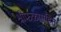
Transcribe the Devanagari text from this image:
श्रीफळासहित